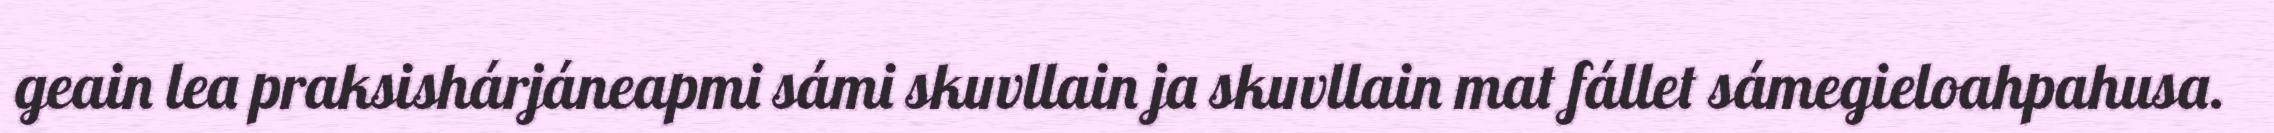
geain lea praksishárjáneapmi sámi skuvllain ja skuvllain mat fállet sámegieloahpahusa.